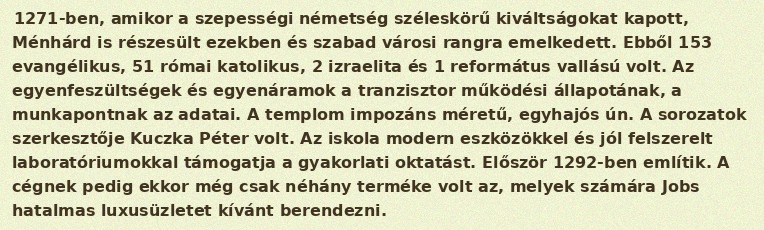
1271-ben, amikor a szepességi németség széleskörű kiváltságokat kapott, Ménhárd is részesült ezekben és szabad városi rangra emelkedett. Ebből 153 evangélikus, 51 római katolikus, 2 izraelita és 1 református vallású volt. Az egyenfeszültségek és egyenáramok a tranzisztor működési állapotának, a munkapontnak az adatai. A templom impozáns méretű, egyhajós ún. A sorozatok szerkesztője Kuczka Péter volt. Az iskola modern eszközökkel és jól felszerelt laboratóriumokkal támogatja a gyakorlati oktatást. Először 1292-ben említik. A cégnek pedig ekkor még csak néhány terméke volt az, melyek számára Jobs hatalmas luxusüzletet kívánt berendezni.